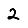
Digit: 2